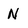
Character: N